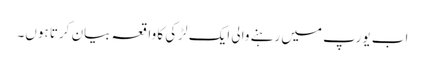
اب یورپ میں رہنے والی ایک لڑکی کا واقعہ بیان کرتا ہوں۔